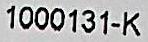
1000131-K